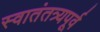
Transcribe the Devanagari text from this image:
स्वातंतत्र्यपूर्व